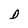
Character: D